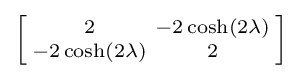
\left[{\begin{smallmatrix}2&-2\cosh(2\lambda )\\-2\cosh(2\lambda )&2\end{smallmatrix}}\right]